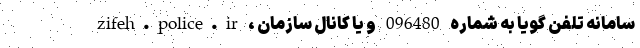
zifeh.police.ir ، سامانه تلفن گویا به شماره 096480 و یا کانال سازمان